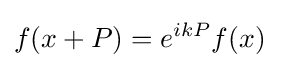
f(x+P)=e^{ikP}f(x)~